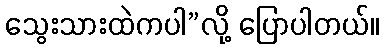
သွေးသားထဲကပါ”လို့ ပြောပါတယ်။